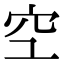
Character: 𫞹